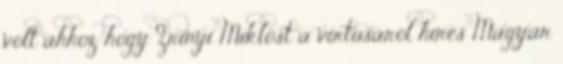
volt ahhoz, hogy Zrínyi Miklóst a virtusáról híres Magyar